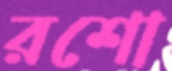
রশো